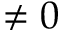
\neq 0